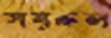
সয়রুল